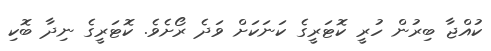
ކުއްޖާ ބިރުން ހުރީ ކޮޓަރީގެ ކަނަކަށް ވަދެ ރޯށެވެ. ކޮޓަރީގެ ނިދާ ބޮކި